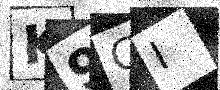
Text: K9CI